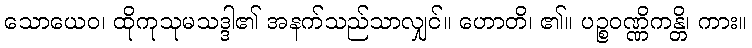
သောယေဝ၊ ထိုကုသုမသဒ္ဒါ၏ အနက်သည်သာလျှင်။ ဟောတိ၊ ၏။ ပဉ္စဝဏ္ဏိကန္တိ၊ ကား။